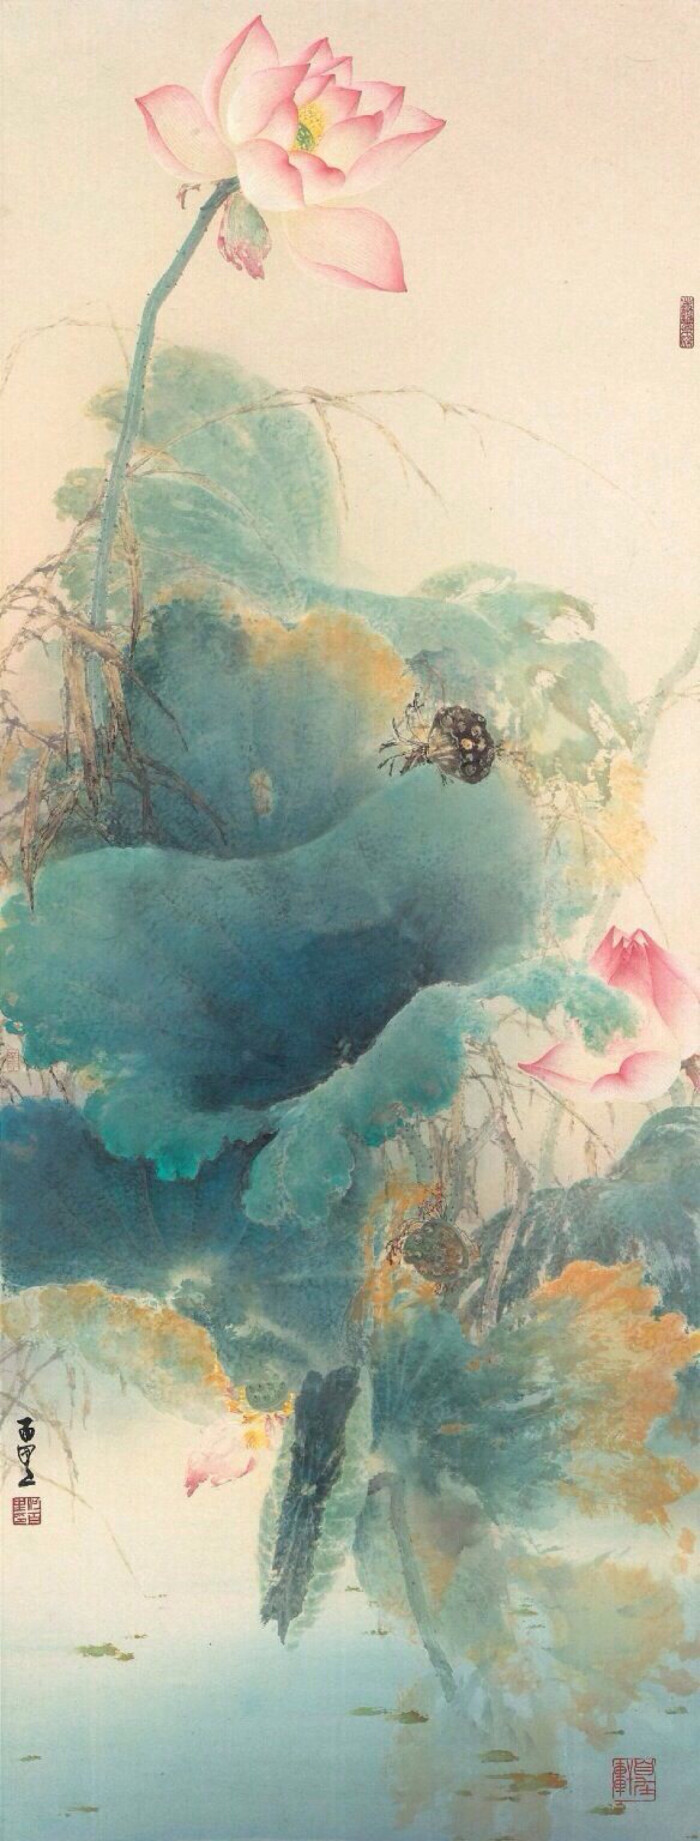
君思颍水绿，忽复归嵩岑。